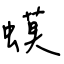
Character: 蟆